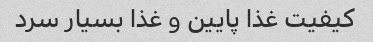
کیفیت غذا پایین و غذا بسیار سرد